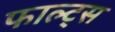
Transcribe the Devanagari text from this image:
फाल्ट्स